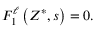
F _ { 1 } ^ { \ell } \left( Z ^ { \ast } , s \right) = 0 .